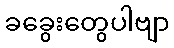
ခခွေးတွေပါဗျာ